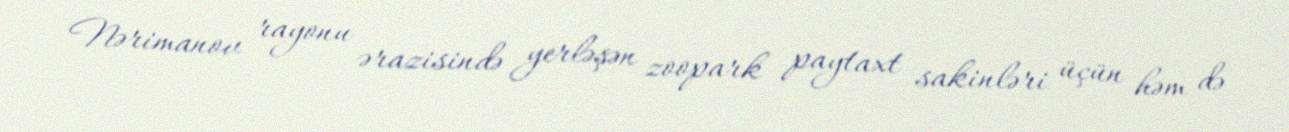
Nərimanov rayonu ərazisində yerləşən zoopark paytaxt sakinləri üçün həm də